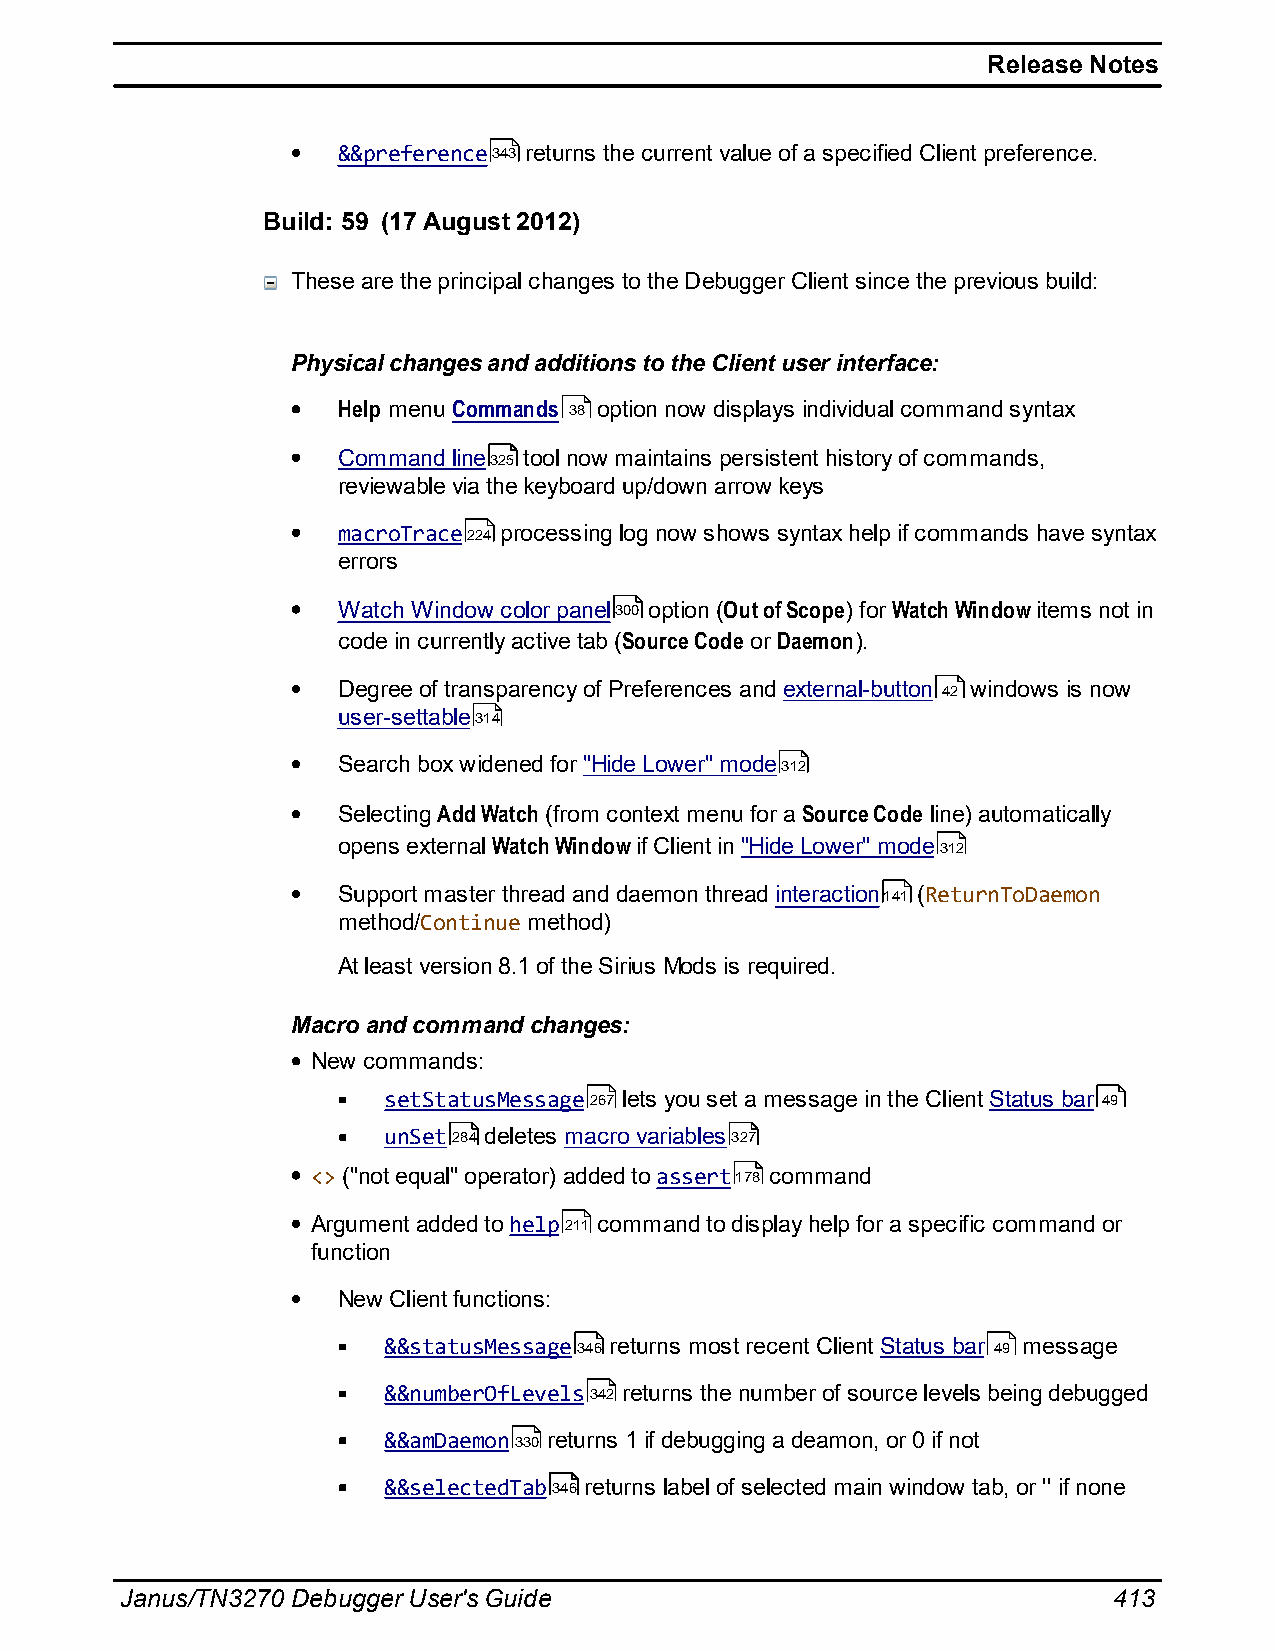
Release Notes
 &&preference343 returns the current value of a specified Client preference.
 Build: 59 (17 August 2012)
 These are the principal changes to the Debugger Client since the previous build:
 Physical changes and additions to the Client user interface:
 Help menu Commands 38 option now displays individual command syntax
 Command line325 tool now maintains persistent history of commands,
 reviewable via the keyboard up/down arrow keys
 macroTrace224 processing log now shows syntax help if commands have syntax
 errors
 Watch Window color panel300 option (Out of Scope) for Watch Window items not in
 code in currently active tab (Source Code or Daemon).
 Degree of transparency of Preferences and external-button 42 windows is now
 user-settable314
 Search box widened for "Hide Lower" mode312
 Selecting Add Watch (from context menu for a Source Code line) automatically
 opens external Watch Window if Client in "Hide Lower" mode312
 Support master thread and daemon thread interaction141 (ReturnToDaemon
 method/Continue method)
 At least version 8.1 of the Sirius Mods is required.
 Macro and command changes:
 New commands:
 setStatusMessage267 lets you set a message in the Client Status bar 49
 unSet284 deletes macro variables327
 <> ("not equal" operator) added to assert178 command
 Argument added to help211 command to display help for a specific command or
 function
 New Client functions:
 &&statusMessage346 returns most recent Client Status bar 49 message
 &&numberOfLevels342 returns the number of source levels being debugged
 &&amDaemon330 returns 1 if debugging a deamon, or 0 if not
 &&selectedTab346 returns label of selected main window tab, or '' if none
 Janus/TN3270 Debugger User's Guide                                413